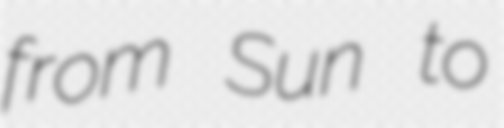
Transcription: from Sun to